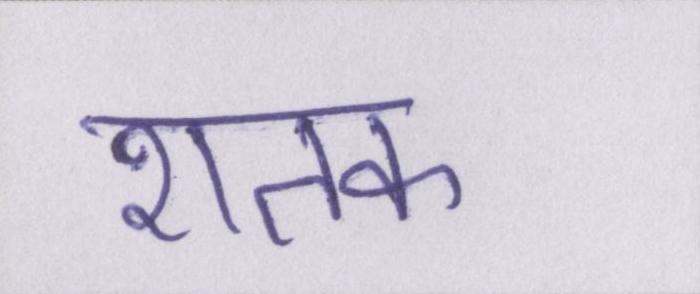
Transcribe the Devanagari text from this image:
शतक